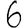
Digit: 6